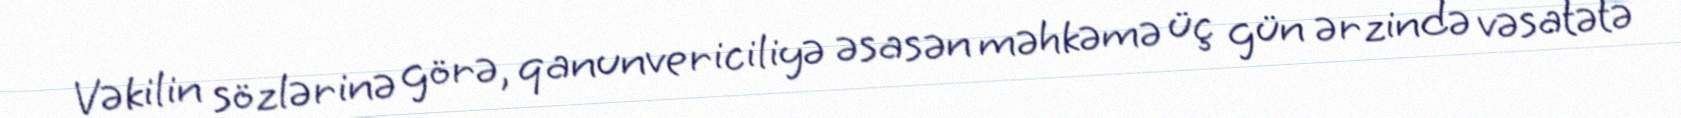
Vəkilin sözlərinə görə, qanunvericiliyə əsasən məhkəmə üç gün ərzində vəsatətə